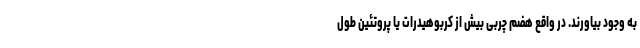
به وجود بیاورند. در واقع هضم چربی بیش از کربوهیدرات یا پروتئین طول